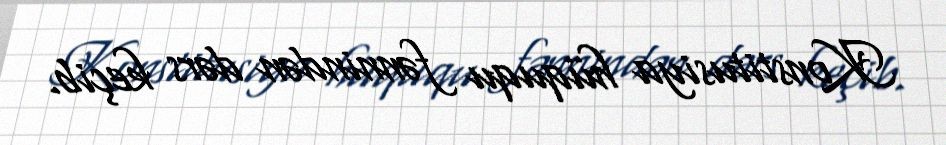
Konstitusiya hüququ fənnindən dərs keçib.